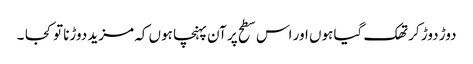
دوڑ دوڑ کر تھک گیا ہوں اور اس سطح پر آن پہنچا ہوں کہ مزید دوڑنا تو کجا ۔